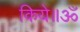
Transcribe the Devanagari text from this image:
किये॥ॐ